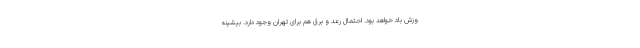
وزش باد خواهد بود. احتمال رعد و برق هم برای تهران وجود دارد. بیشینه